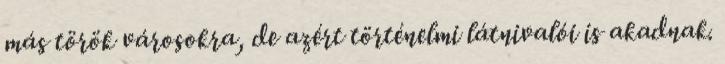
más török városokra, de azért történelmi látnivalói is akadnak.